Civil Veterinary Dept. Bombay admin report 1914-1922 - 1914-1922
Year: 1914
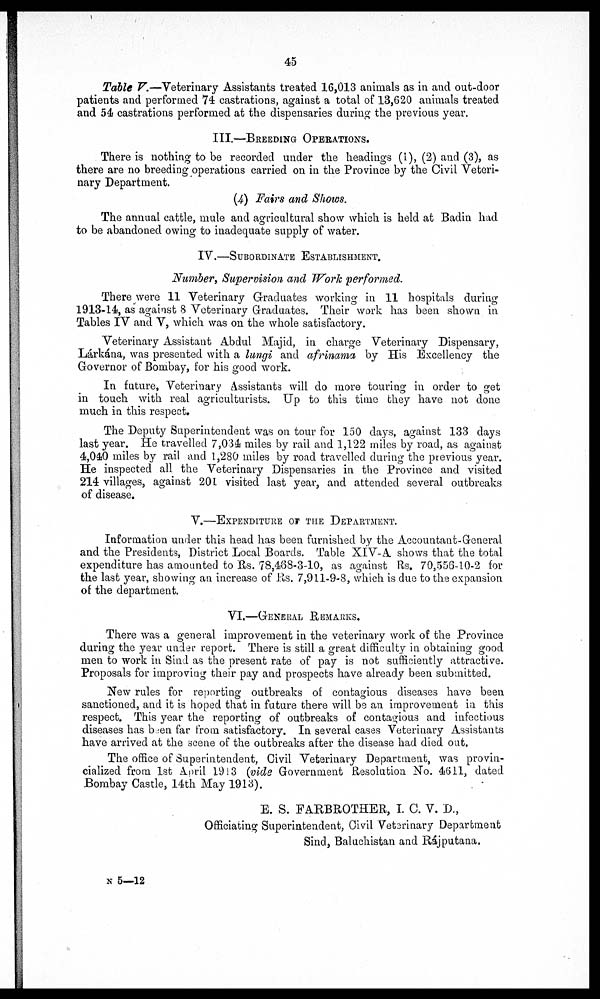
45
Table V.—Veterinary Assistants treated 16,013 animals as in and out-door
patients and performed 74 castrations, against a total of 13,620 animals treated
and 54 castrations performed at the dispensaries during the previous year.
III.—BREEDING OPERATIONS.
There is nothing to be recorded under the headings (i), (2) and (3), as
there are no breeding operations carried on in the Province by the Civil Veteri-
nary Department.
(4) Fairs and Shows.
The annual cattle, mule and agricultural show which is held at Badin had
to be abandoned owing to inadequate supply of water.
IV.—SUBORDINATE ESTABLISHMENT.
Number, Supervision and Work performed.
There were 11 Veterinary Graduates working in 11 hospitals during
1913-14, as against 8 Veterinary Graduates. Their work has been shown in
Tables IV and V, which was on the whole satisfactory.
Veterinary Assistant Abdul Majid, in charge Veterinary Dispensary,
Lárkána, was presented with a lungi and afrinama by His Excellency the
Governor of Bombay, for his good work.
In future, Veterinary Assistants will do more touring in order to get
in touch with real agriculturists. Up to this time they have not done
much in this respect.
The Deputy Superintendent was on tour for 150 days, against 133 days
last year. He travelled 7,034 miles by rail and 1,122 miles by road, as against
4,040 miles by rail and 1,280 miles by road travelled during the previous year.
He inspected all the Veterinary Dispensaries in the Province and visited
214 villages, against 201 visited last year, and attended several outbreaks
of disease.
V.—EXPENDITURE OF THE DEPARTMENT
Information under this head has been furnished by the Accountant-General
and the Presidents, District Local Boards. Table XIV-A shows that the total
expenditure has amounted to Rs. 78,468-3-10, as against Rs. 70,556-10-2 for
the last year, showing an increase of Rs. 7,911-9-8, which is due to the expansion
of the department.
VI.—GENERAL REMARKS
There was a general improvement in the veterinary work of the Province
during the year under report. There is still a great difficulty in obtaining good
men to work in Sind as the present rate of pay is not sufficiently attractive.
Proposals for improving their pay and prospects have already been submitted.
New rules for reporting outbreaks of contagious diseases have been
sanctioned, and it is hoped that in future there will be an improvement in this
respect. This year the reporting of outbreaks of contagious and infectious
diseases has been far from satisfactory. In several cases Veterinary Assistants
have arrived at the scene of the outbreaks after the disease had died out.
The office of Superintendent, Civil Veterinary Department, was provin-
cialized from 1st April 1913(vide Government Resolution No. 4611, dated
Bombay Castle, 14th May 1913).
E. S. FARBROTHER, I. C. V. D.,
Officiating Superintendent, Civil Vetarinary Department
Sind, Baluchistan and Rájputana.
N 5—12